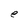
Character: e